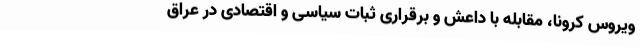
ویروس کرونا، مقابله با داعش و برقراری ثبات سیاسی و اقتصادی در عراق